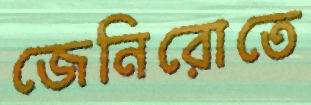
জেনিরোতে